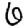
Digit: 6